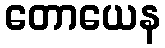
တောယေန